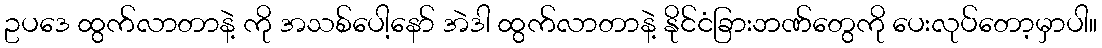
ဥပဒေ ထွက်လာတာနဲ့ ကို အသစ်ပေါ့နော် အဲဒါ ထွက်လာတာနဲ့ နိုင်ငံခြားဘဏ်တွေကို ပေးလုပ်တော့မှာပါ။